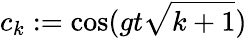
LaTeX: c_{k}:=\cos(gt\sqrt{k+1})